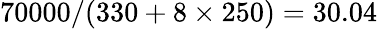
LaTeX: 70000/(330+8\times 250)=30.04